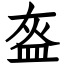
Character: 盔